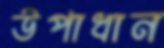
উপাধান